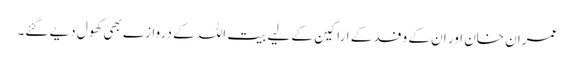
عمران خان اور ان کے وفد کے اراکین کے لیے بیت اللہ کے دروازے بھی کھول دیے گئے۔